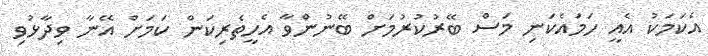
އެކަމަކު އެއީ ހަމައެކަނި މަސް ބޭރުކުރުމަށް ބޭނުންވާ އެހީތެރިކަން ކަމަށް އޭނާ ވިދާޅުވި